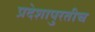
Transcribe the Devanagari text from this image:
प्रदेशापुरतीच